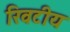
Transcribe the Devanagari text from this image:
रिवटीय